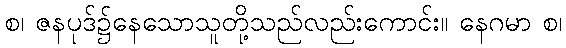
စ၊ ဇနပုဒ်၌နေသောသူတို့သည်လည်းကောင်း။ နေဂမာ စ၊